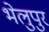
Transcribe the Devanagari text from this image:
भेलुपुर